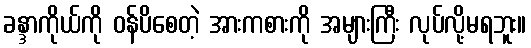
ခန္ဒာကိုယ်ကို ဝန်ပိစေတဲ့ အားကစားကို အများကြီး လုပ်လို့မရဘူး။